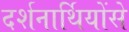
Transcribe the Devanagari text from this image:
दर्शनार्थियोंसे